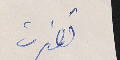
تغيرت